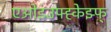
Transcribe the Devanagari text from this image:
एओइउफ्ह्केझ्फ्